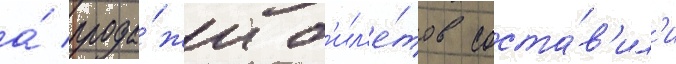
а́ прода́жи б'ил'е́тов соста́в'ил'и